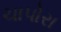
ચાપોરા